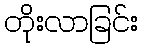
တိုးလာခြင်း